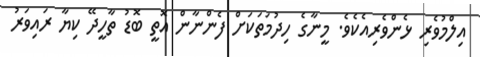
އިލްމުވެރި ޅެންވެރިއެކެވެ. މީނާގެ ހިދުމަތަކަށް ފެންނާން އޮތީ ބޮޑު ތާހީދޭ ކިޔާ ރައިވަރު